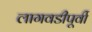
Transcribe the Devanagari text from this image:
लागवडीपूर्वी